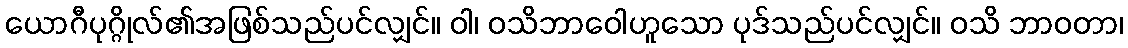
ယောဂီပုဂ္ဂိုလ်၏အဖြစ်သည်ပင်လျှင်။ ဝါ၊ ဝသိဘာဝေါဟူသော ပုဒ်သည်ပင်လျှင်။ ဝသိ ဘာဝတာ၊